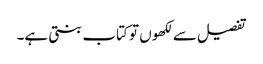
تفصیل سے لکھوں تو کتاب بنتی ہے۔